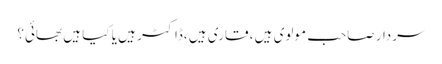
سردار صاحب مولوی ہیں ، قاری ہیں ،ڈاکٹر ہیں یا کیا ہیں بھائی؟